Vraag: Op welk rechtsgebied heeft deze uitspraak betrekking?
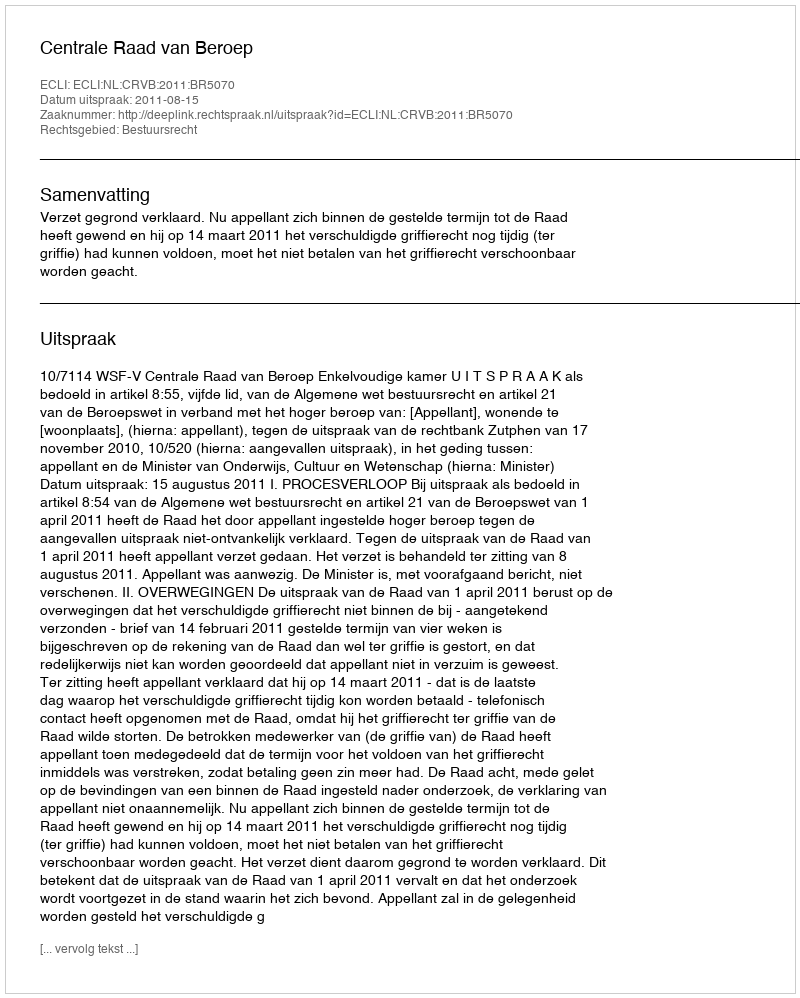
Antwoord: Bestuursrecht